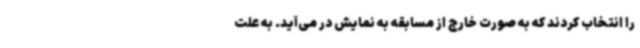
را انتخاب کردند که به صورت خارج از مسابقه به نمایش در می‌آید. به ‌علت